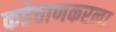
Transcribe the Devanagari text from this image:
कडेठाणकरला